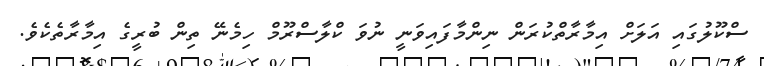
ސްކޫލުގައި އަލަށް އިމާރާތްކުރަން ނިންމާފައިވަނީ ނުވަ ކްލާސްރޫމް ހިމެނޭ ތިން ބުރީގެ އިމާރާތެކެވެ.